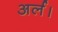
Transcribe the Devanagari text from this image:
अर्ल।